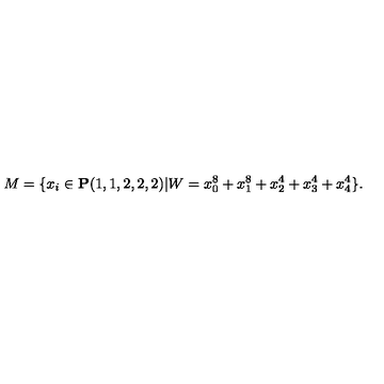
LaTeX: M = \{ x _ { i } \in { \bf P } ( 1 , 1 , 2 , 2 , 2 ) | W = x _ { 0 } ^ { 8 } + x _ { 1 } ^ { 8 } + x _ { 2 } ^ { 4 } + x _ { 3 } ^ { 4 } + x _ { 4 } ^ { 4 } \} .